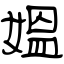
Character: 媼